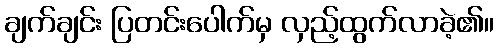
ချက်ချင်း ပြတင်းပေါက်မှ လှည့်ထွက်လာခဲ့၏။